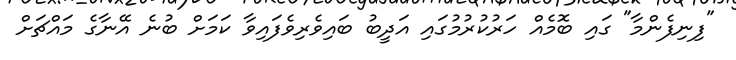
"ފިނިފެންމާ" ގައި ބޮމެއް ހަރުކުރުމުގައި އަދީބު ބައިވެރިވެފައިވާ ކަމަށް ބުނެ އޭނާގެ މައްޗަށް